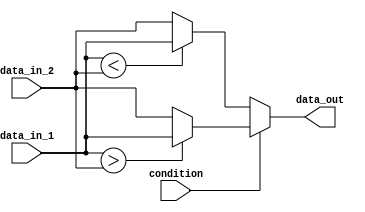
module if_else_ternary_op (
    input wire condition,
    input wire data_in_1,
    input wire data_in_2,
    output reg data_out
);

always @* begin
    // behavior modeling block using if-else statement with ternary operator
    if (condition) begin
        data_out = (data_in_1 > data_in_2) ? data_in_1 : data_in_2;
    end else begin
        data_out = (data_in_1 < data_in_2) ? data_in_1 : data_in_2;
    end
end

endmodule